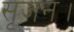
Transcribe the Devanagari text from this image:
सृजन।